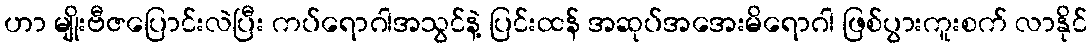
ဟာ မျိုးဗီဇပြောင်းလဲပြီး ကပ်ရောဂါအသွင်နဲ့ ပြင်းထန် အဆုပ်အအေးမိရောဂါ ဖြစ်ပွားကူးစက် လာနိုင်